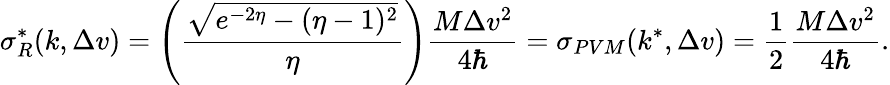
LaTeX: \sigma_{R}^{*}(k,\Delta v)=\left(\frac{\sqrt{e^{-2\eta}-(\eta-1)^{2}}}{\eta}\right)\frac{M\Delta v^{2}}{4\hbar}=\sigma_{PVM}(k^{*},\Delta v)=\frac{1}{2}\frac{M\Delta v^{2}}{4\hbar}.